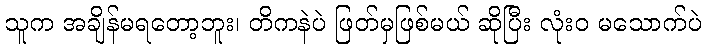
သူက အချိန်မရတော့ဘူး၊ တိကနဲပဲ ဖြတ်မှဖြစ်မယ် ဆိုပြီး လုံးဝ မသောက်ပဲ